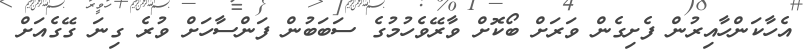
އެހާކަންހާއިރުން ފެށިގެން ވަރަށް ބޯކޮށް ވާރޭވެހުމުގެ ސަބަބުން ފަންސާހަށް ވުރެ ގިނަ ގޭގެއަށް